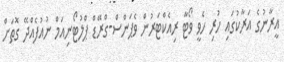
އީރާނުގެ އަރާކުގައި ހުރި ހެވީ ވޯޓާ ރިއެކްޓަރުން ވެޕަންސް-ގްރޭޑް ޕްލުޓޯނިއަމް ނުއުފެއްދޭ ގޮތަށް